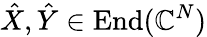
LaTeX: \hat{X},\hat{Y}\in\operatorname{End}(\mathbb{C}^{N})